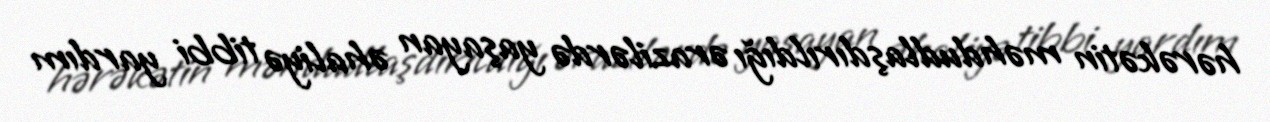
hərəkətin məhdudlaşdırıldığı ərazilərdə yaşayan əhaliyə tibbi yardım